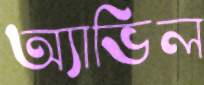
অ্যাভিল